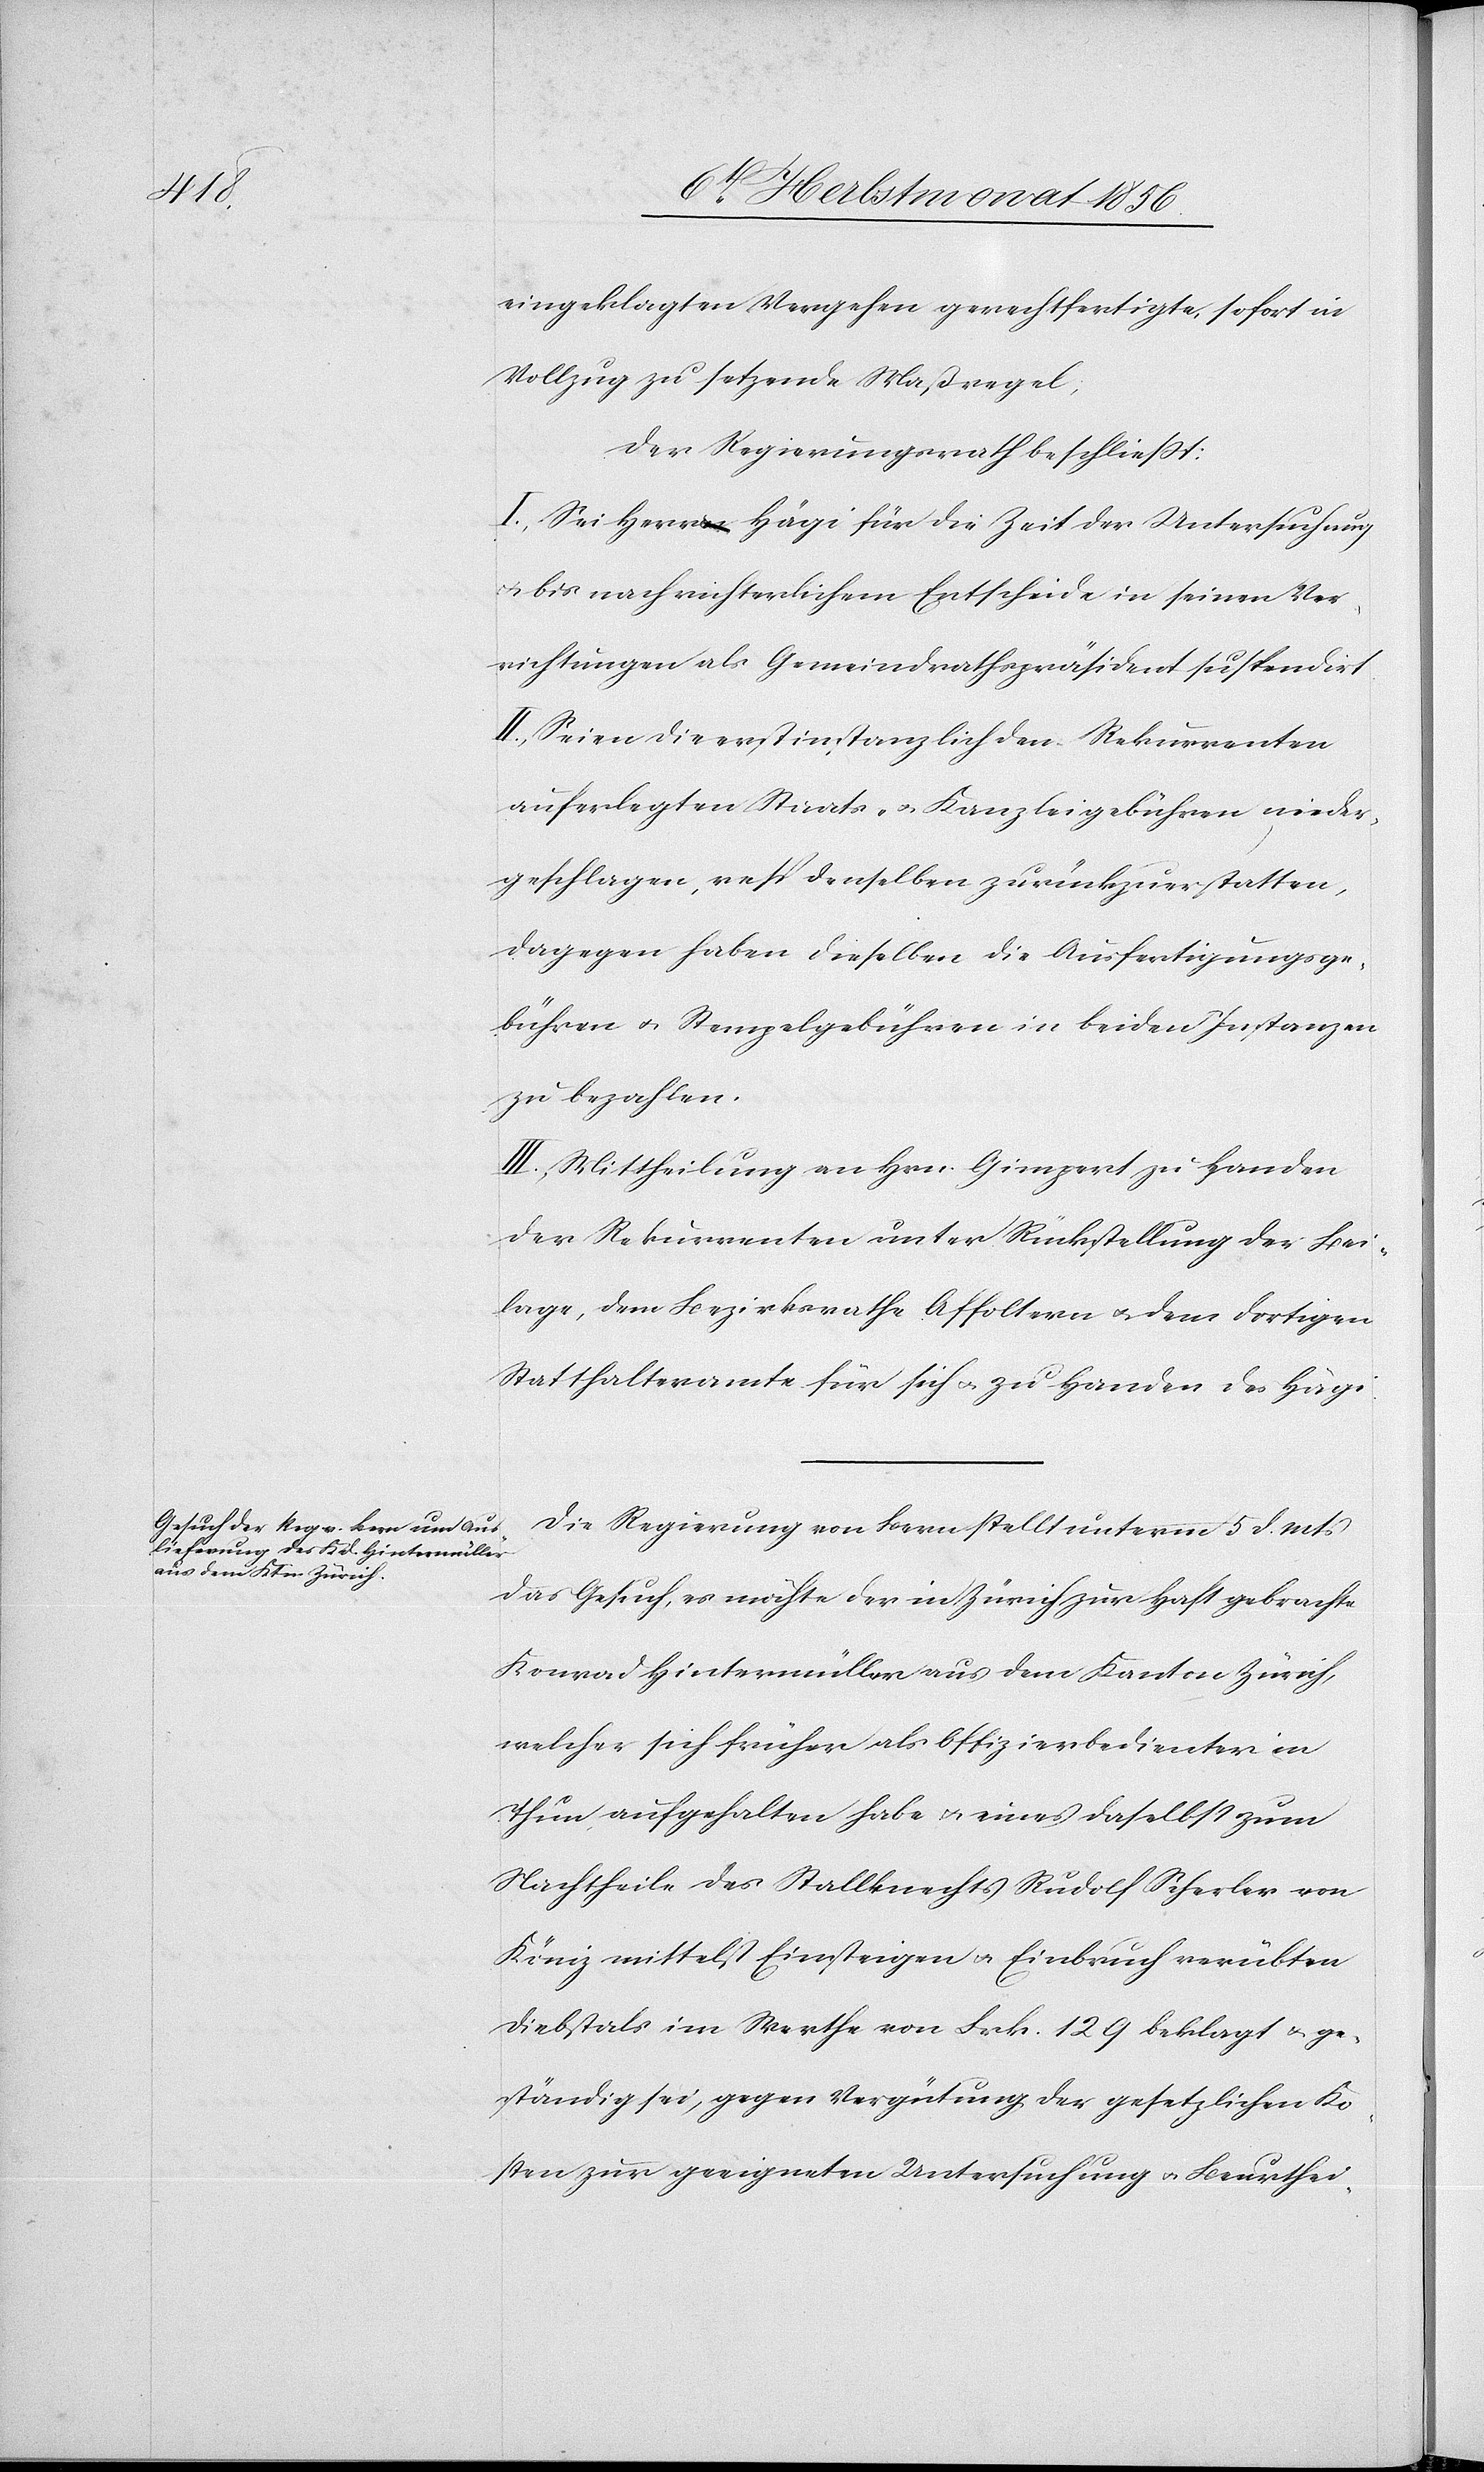
eingeklagten Vergehen gerechtfertigte, sofort in
Vollzug zu setzende Maßregel;
Der Regierungsrath beschliesst:
I.) Sei Herr Hägi für die Zeit der Untersuchung
u. bis nach richterlichem Entscheide in seinen Ver¬
richtungen als Gemeindrathspräsident suspendirt.
II.) Seien die erstinstanzlich den Rekurrenten
auferlegten Staats- u. Kanzleigebühren nieder¬
geschlagen, resp. denselben zurückzuerstatten,
dagegen haben dieselben die Ausfertigungsge¬
bühren u. Stempelgebühren in beiden Instanzen
zu bezahlen.
III.) Mittheilung an Hrn. Gimpert zu Handen
der Rekurrenten unter Rückstellung der Bei¬
lage, dem Bezirksrathe Affoltern u. dem dortigen
Statthalteramte für sich u. zu Handen des Hägi.
Die Regierung von Bern stellt unterm 5 d. Mts
das Gesuch, es möchte der in Zürich zur Haft gebrachte
Konrad Hintermüller aus dem Kanton Zürich,
welcher sich früher als Offizierbedienter in
Thun aufgehalten habe u. eines daselbst zum
Nachtheile des Stallknechts Rudolf Scherler von
Köniz mittelst Einsteigen u. Einbruch verübten
Diebstals im Werthe von Frk. 129 beklagt u. ge¬
ständig sei, gegen Vergütung der gesetzlichen Ko¬
sten zur geeigneten Untersuchung u. Beurthei-